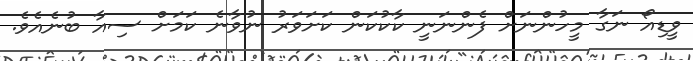
ވީޑިއޯ ނަގާ މީހުންނަށް ފެންނަނީ ކާކުކަން ކަށަވަރު ނުވާނެ ކަމަށް ސިއާ ބުނެއެވެ.